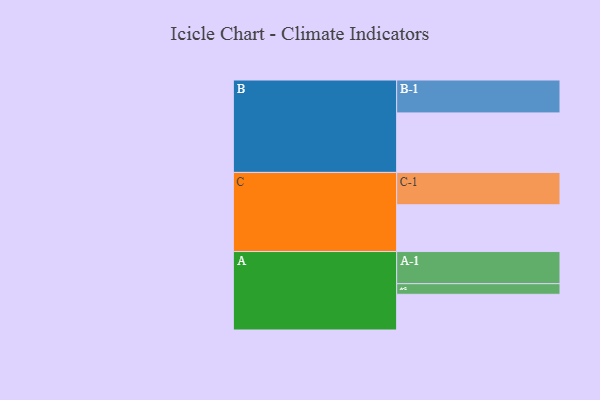
{"axis": {"x": "Segment", "y": "Value"}, "legend": ["", "A", "B", "C"], "data": [{"x": "A", "y": 320, "type": ""}, {"x": "B", "y": 533, "type": ""}, {"x": "C", "y": 419, "type": ""}, {"x": "A-1", "y": 288, "type": "A"}, {"x": "A-2", "y": 95, "type": "A"}, {"x": "B-1", "y": 295, "type": "B"}, {"x": "C-1", "y": 290, "type": "C"}]}